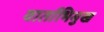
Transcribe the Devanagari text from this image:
वार्ताभिमुख